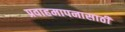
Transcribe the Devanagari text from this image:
प्रवाहमापनासाठी